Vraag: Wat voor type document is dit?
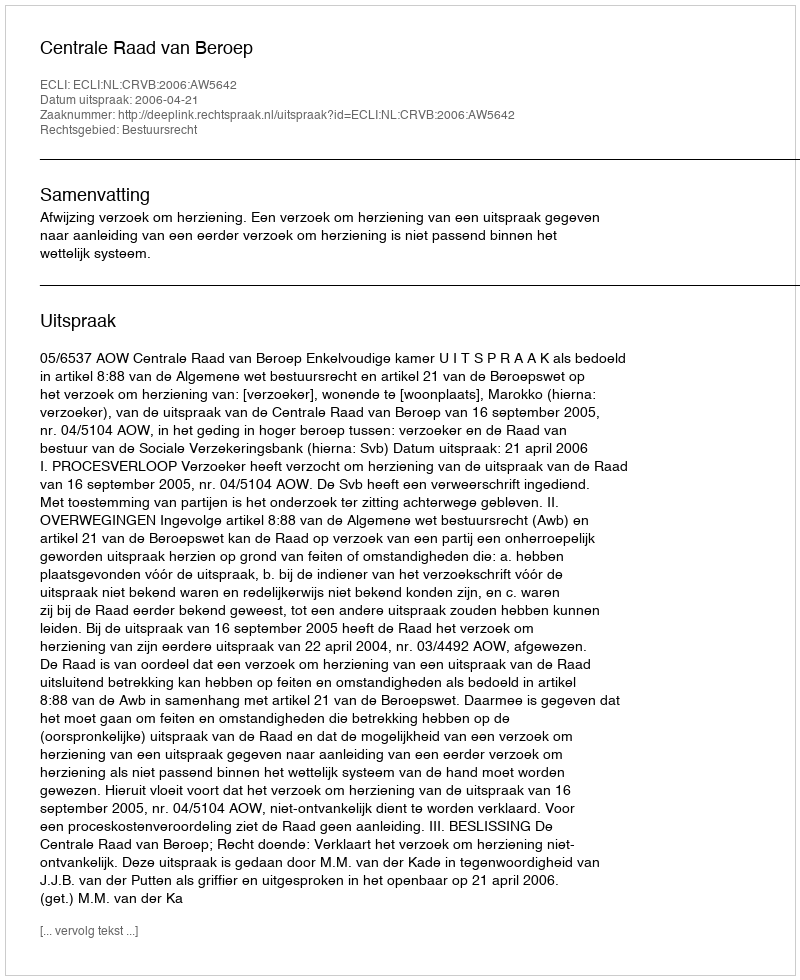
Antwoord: Uitspraak